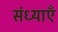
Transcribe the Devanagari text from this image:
संध्याएँ